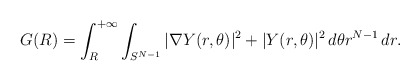
\begin{align*} G(R)=\int_{R}^{+\infty} \int_{S^{N-1}} |\nabla Y(r,\theta)|^2+|Y(r,\theta)|^2\,d\theta r^{N-1}\,dr. \end{align*}